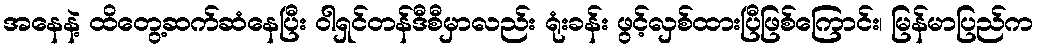
အနေနဲ့ ထိတွေ့ဆက်ဆံနေပြီး ဝါရှင်တန်ဒီစီမှာလည်း ရုံးခန်း ဖွင့်လှစ်ထားပြီဖြစ်ကြောင်း၊ မြန်မာပြည်က